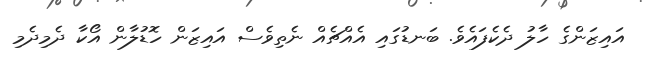
އައިޒަންގެ ހާލު ދެކެފައެވެ. ބަނޑުގައި އެއްޗެއް ނެތިވެސް އައިޒަން ހޮޑުލާން އޯކާ ދެމިދެމި